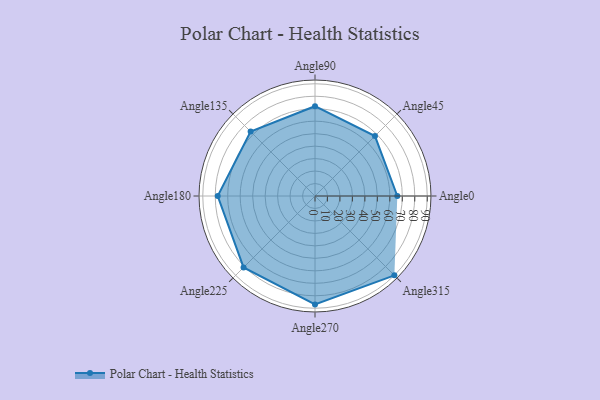
{"axis": {"x": "Angle", "y": "Radius"}, "legend": [""], "data": [{"x": "Angle0", "y": 66.0, "type": ""}, {"x": "Angle45", "y": 68.0, "type": ""}, {"x": "Angle90", "y": 72.0, "type": ""}, {"x": "Angle135", "y": 73.0, "type": ""}, {"x": "Angle180", "y": 78.0, "type": ""}, {"x": "Angle225", "y": 81.0, "type": ""}, {"x": "Angle270", "y": 87.0, "type": ""}, {"x": "Angle315", "y": 90.0, "type": ""}]}